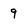
Character: 9